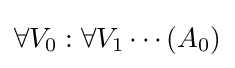
\forall V_{0}:\forall V_{1}\cdots (A_{0})